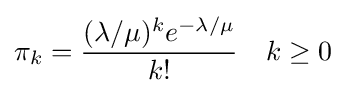
\pi _{k}={\frac {(\lambda /\mu )^{k}e^{-\lambda /\mu }}{k!}}\quad k\geq 0